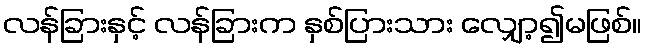
လန်ခြားနှင့် လန်ခြားက နှစ်ပြားသား လျှော့၍မဖြစ်။